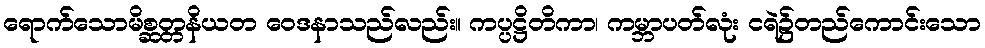
ရောက်သောမိစ္ဆတ္တနိယတ ဝေဒနာသည်လည်း။ ကပ္ပဋ္ဌိတိကာ၊ ကမ္ဘာပတ်လုံး ငရဲ၌တည်ကောင်းသော